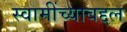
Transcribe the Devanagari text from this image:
स्वामींच्याबद्दल